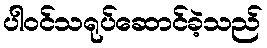
ပါဝင်သရုပ်ဆောင်ခဲ့သည်